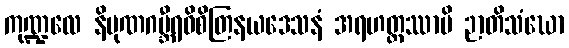
ကုဏ္ဍလေ နိပုဏဂမ္ဘီရဝိစိတြနယဒေသနံ အရဟတ္တဿာပိ ဉာတိသံဃော